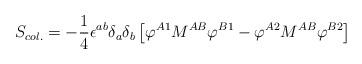
LaTeX: \begin{align*}S_{col.} = - {1\over 4} \epsilon^{ab}\delta_a\delta_b\left[\varphi^{A1}M^{AB}\varphi^{B1} - \varphi^{A2} M^{AB}\varphi^{B2}\right]\end{align*}